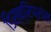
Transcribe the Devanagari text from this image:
डिस्क्रिप्शंस